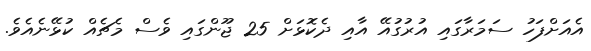
އެއަށްފަހު ސަމަރާގައި އުރުގުއޭ އާއި ދެކޮޅަށް 25 ޖޫންގައި ވެސް މެޗެއް ކުޅޭނެއެވެ.